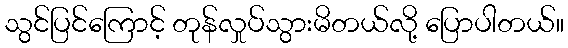
သွင်ပြင်ကြောင့် တုန်လှုပ်သွားမိတယ်လို့ ပြောပါတယ်။